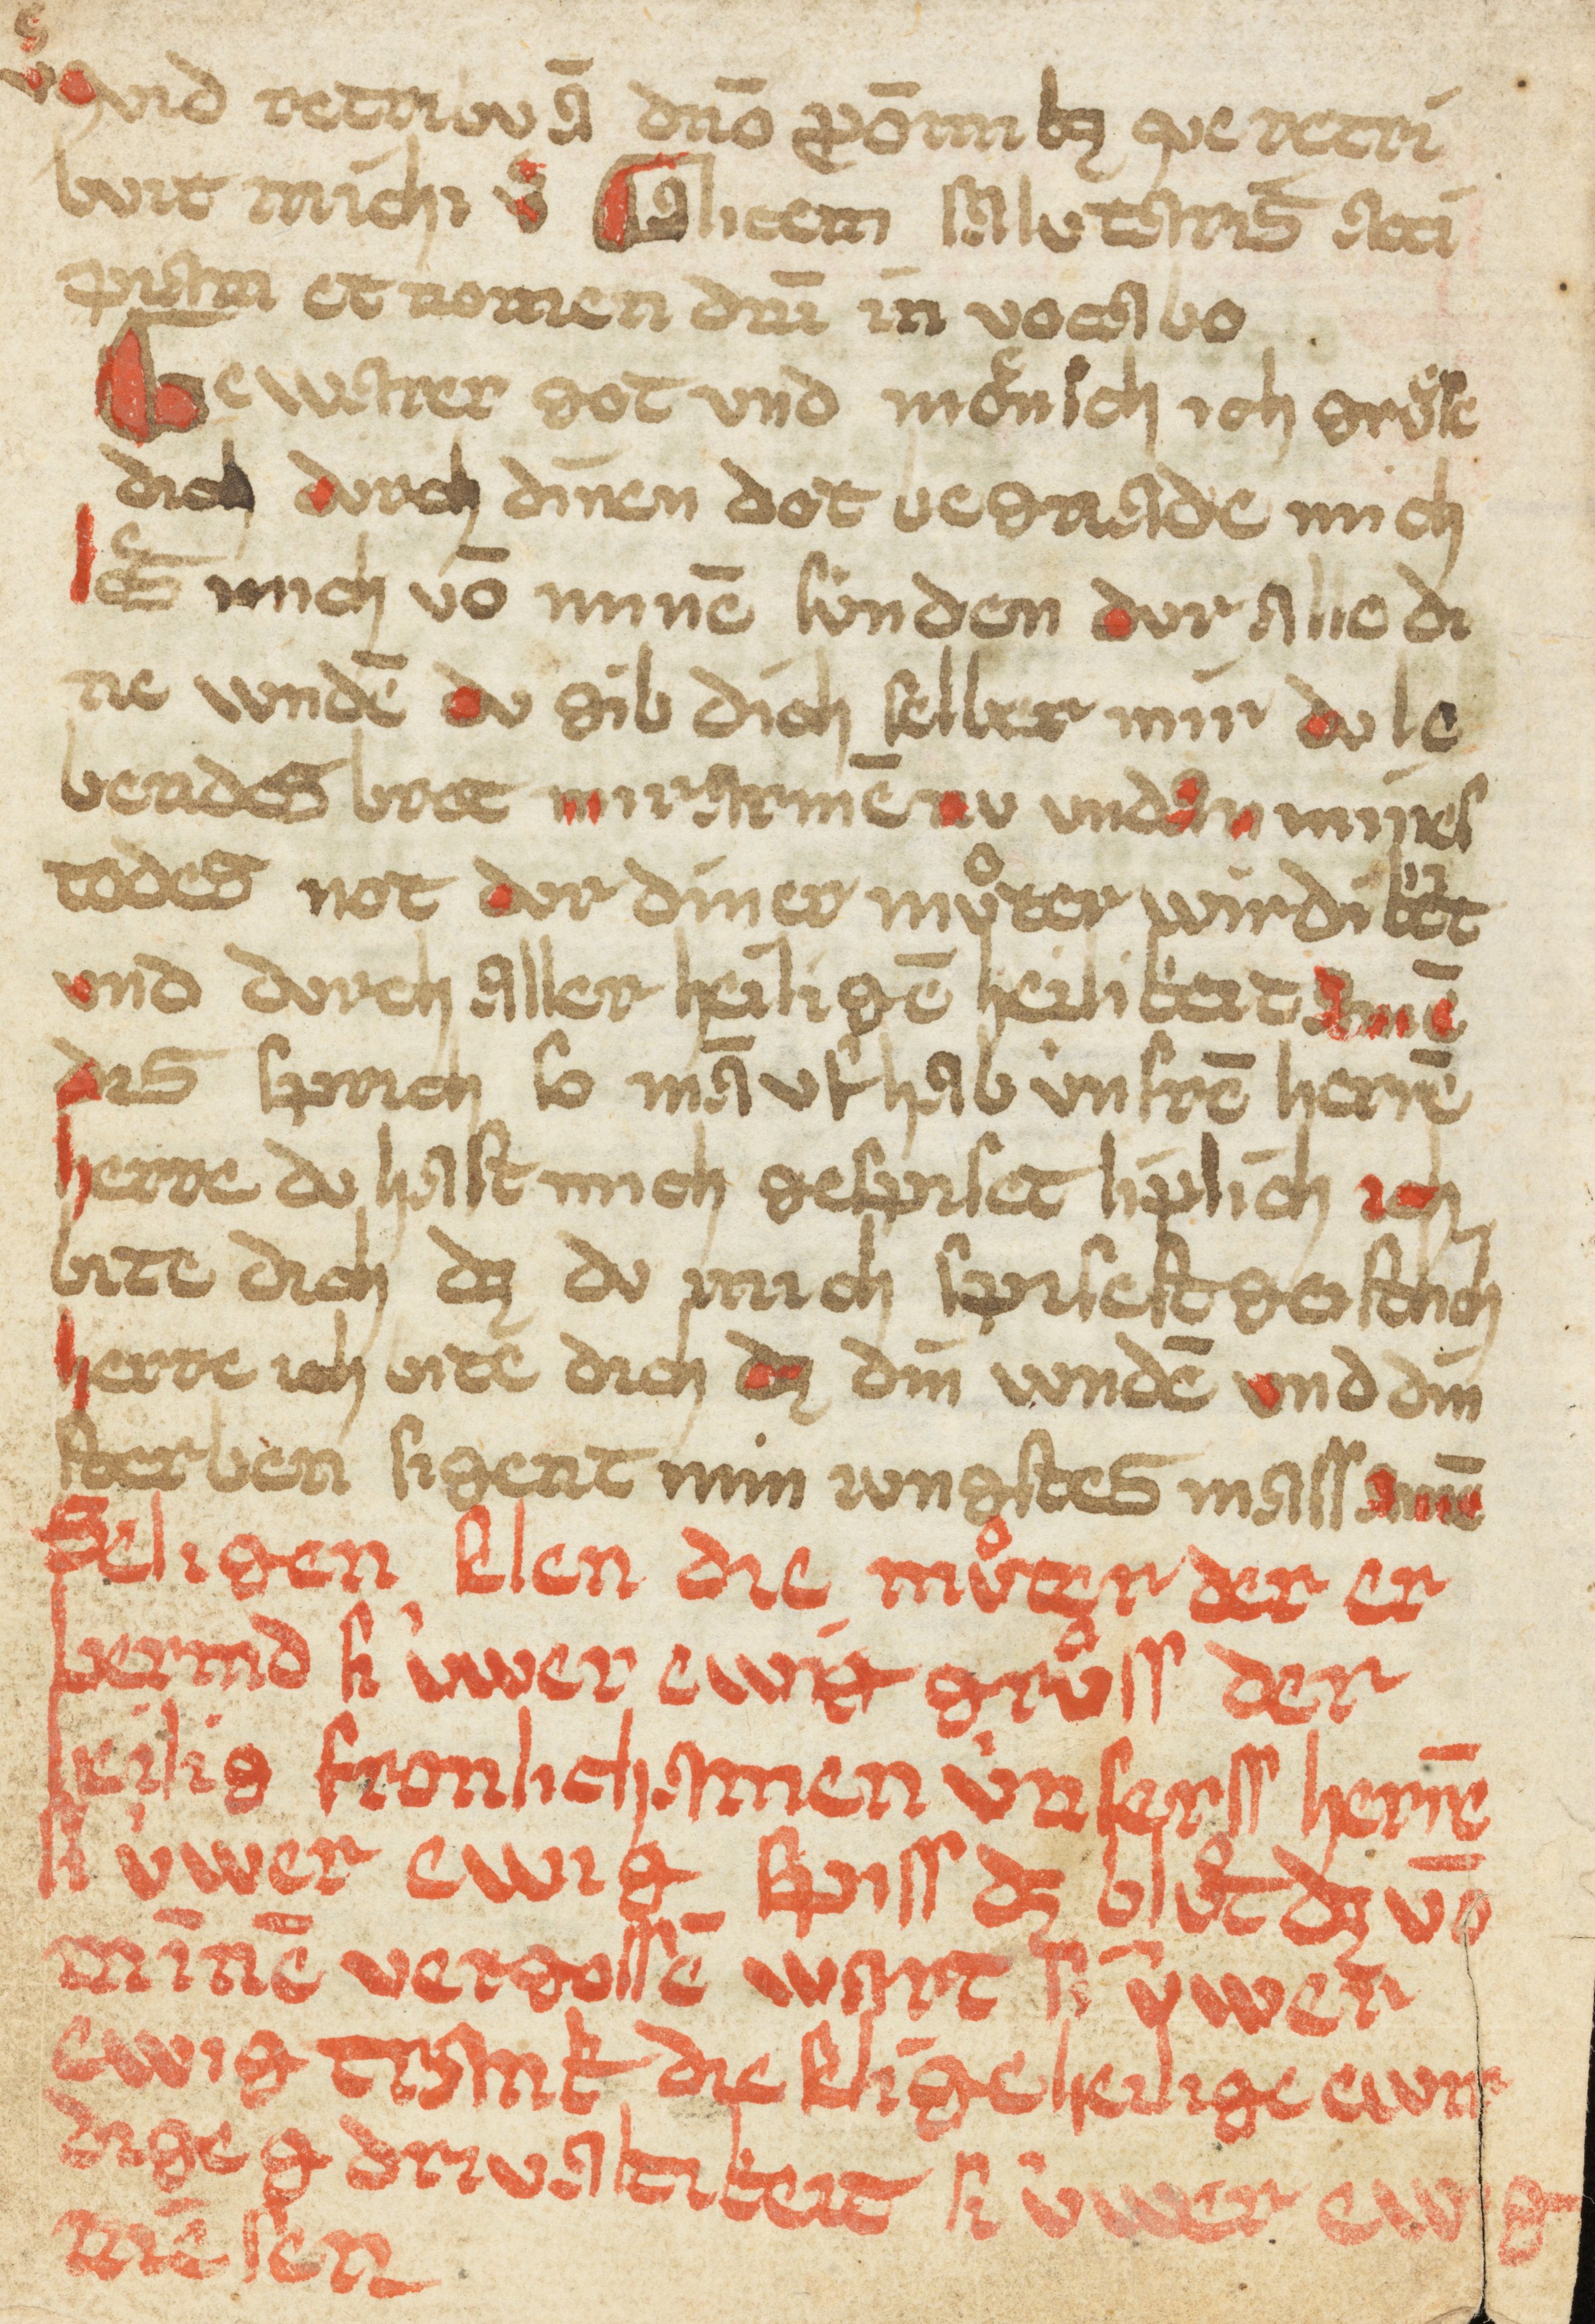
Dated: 1400–1424